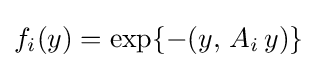
f_{i}(y)=\exp\{-(y,\,A_{i}\,y)\}